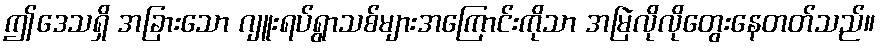
ဤဒေသရှိ အခြားသော ဂျူးရပ်ရွာသစ်များအကြောင်းကိုသာ အမြဲလိုလိုတွေးနေတတ်သည်။